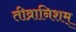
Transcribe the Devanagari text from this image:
तीव्रानिशम्‌